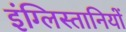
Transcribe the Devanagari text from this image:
इंग्लिस्तानियों